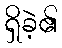
ရှိခဲ့၏